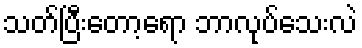
သတ်ပြီးတော့ရော ဘာလုပ်သေးလဲ